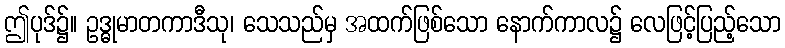
ဤပုဒ်၌။ ဥဒ္ဓုမာတကာဒီသု၊ သေသည်မှ အထက်ဖြစ်သော နောက်ကာလ၌ လေဖြင့်ပြည့်သော